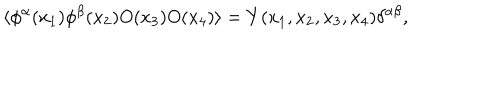
LaTeX: \langle \phi ^ { \alpha } ( x _ { 1 } ) \phi ^ { \beta } ( x _ { 2 } ) O ( x _ { 3 } ) O ( x _ { 4 } ) \rangle = Y ( x _ { 1 } , x _ { 2 } , x _ { 3 } , x _ { 4 } ) \delta ^ { \alpha \beta } ,